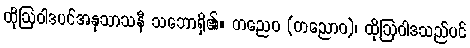
ထိုဩဝါဒပင်အနုသာသနီ သဘောရှိ၏။ တညေဝ (တညောဝ)၊ ထိုဩဝါဒသည်ပင်